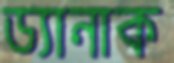
ড্যানাক